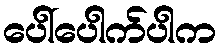
ပေါ်ပေါက်ပါက